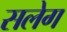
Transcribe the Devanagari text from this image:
सलेग